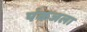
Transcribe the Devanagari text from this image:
पंकजला